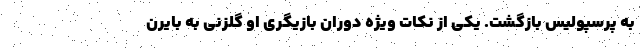
به پرسپولیس بازگشت. یکی از نکات ویژه دوران بازیگری او گلزنی به بایرن